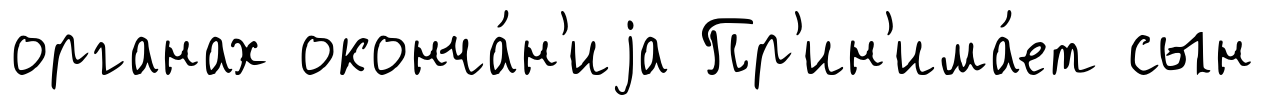
органах оконча́н'иjа Пр'ин'има́ет сын